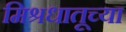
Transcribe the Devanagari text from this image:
मिश्रधातूच्या